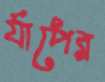
র‍্যাপের